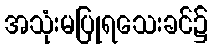
အသုံးမပြုရသေးခင်၌